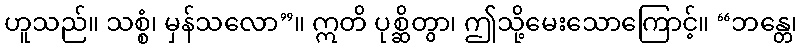
ဟူသည်။ သစ္စံ၊ မှန်သလော”။ ဣတိ ပုစ္ဆိတွာ၊ ဤသို့မေးသောကြောင့်။ “ဘန္တေ၊